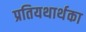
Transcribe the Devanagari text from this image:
प्रतियथार्थका